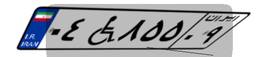
۸۷W۳۳۴۰۱